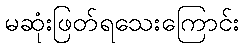
မဆုံးဖြတ်ရသေးကြောင်း